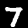
Label: 7